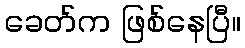
ခေတ်က ဖြစ်နေပြီ။